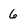
Character: 6